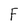
Character: F